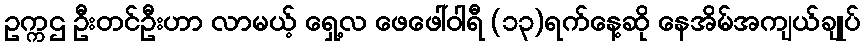
ဥက္ကဌ ဦးတင်ဦးဟာ လာမယ့် ရှေ့လ ဖေဖေါ်ဝါရီ (၁၃)ရက်နေ့ဆို နေအိမ်အကျယ်ချုပ်